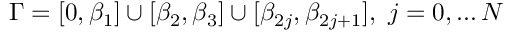
\Gamma = [ 0 , \beta _ { 1 } ] \cup [ \beta _ { 2 } , \beta _ { 3 } ] \cup [ \beta _ { 2 j } , \beta _ { 2 j + 1 } ] , \ j = 0 , \dots N